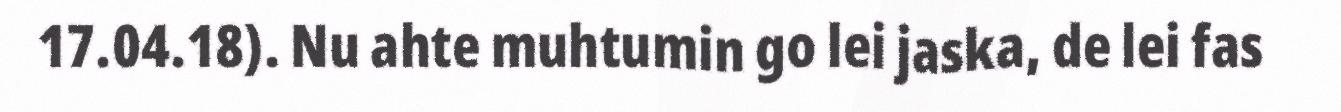
17.04.18). Nu ahte muhtumin go lei jaska, de lei fas